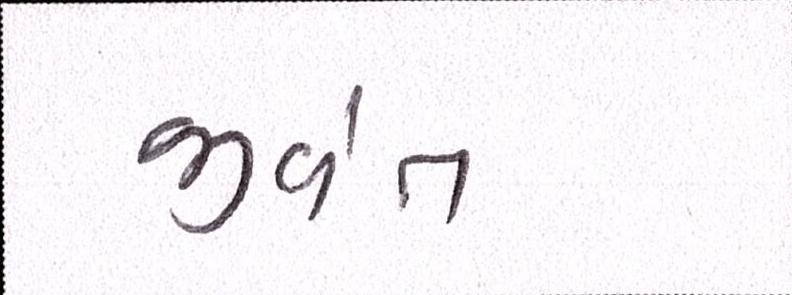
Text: જીવંત